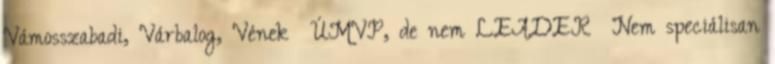
Vámosszabadi, Várbalog, Vének ▪ÚMVP, de nem LEADER ▪Nem speciálisan